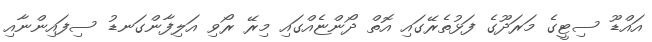
އައްޑޫ ސިޓީގެ މަރަދޫގެ ފަޅުތެރޭގައި އޮތް ދޯންޏެއްގައި މިރޭ ރޯވި އަލިފާންގަނޑު ސިފައިންނާއި